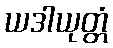
ယဒါယုတ္တံ